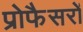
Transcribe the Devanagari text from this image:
प्रोफैसरों